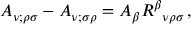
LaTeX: A _ { \nu ; \rho \sigma } - A _ { \nu ; \sigma \rho } = A _ { \beta } R ^ { \beta } { } _ { \nu \rho \sigma } \, ,